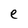
Character: e